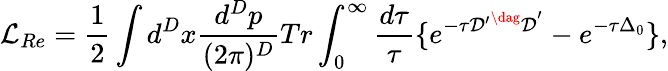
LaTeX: {\cal L}_{Re}={\frac{1}{2}}\int d^{D}x\frac{d^{D}p}{(2\pi)^{D}}Tr\int_{0}^{\infty}{\frac{d\tau}{\tau}}\{ e^{-\tau{\cal D^{\prime}}^{\dag}{\cal D}^{'}}-e^{-\tau\Delta_{0}}\} ,